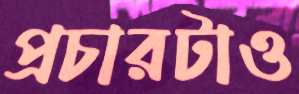
প্রচারটাও